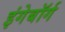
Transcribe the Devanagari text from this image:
इंगेबॉर्ग